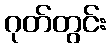
ဂုတ်တွင်း